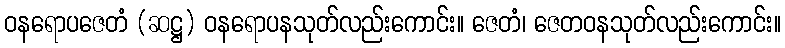
ဝနရောပဇေတံ (ဆဋ္ဌ) ဝနရောပနသုတ်လည်းကောင်း။ ဇေတံ၊ ဇေတဝနသုတ်လည်းကောင်း။